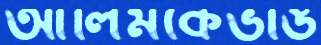
আলিমকেভাঙ